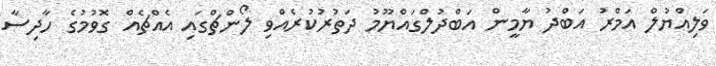
ވަލިއްޔުލް އަމްރު އަބްދު ޔާމީން އަބްދުލްގައްޔޫމު ދަތުރުކުރެއްވި ލޯންޗްގައި އެއްޗެއް ގޮވުމުގެ ހާދިސާ